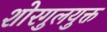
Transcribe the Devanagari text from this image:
शोरगुलयुक्त